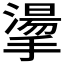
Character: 𢴳